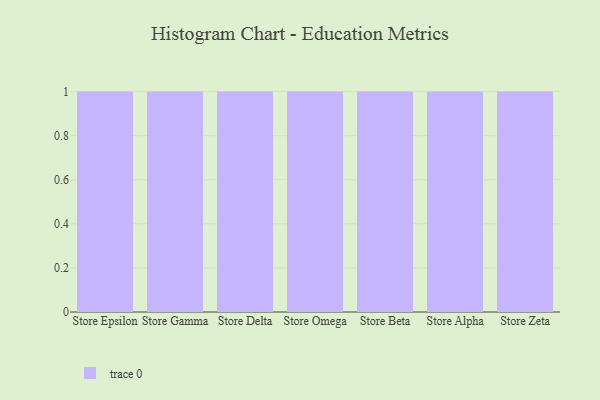
{"axis": {"x": "Store", "y": "Production Output"}, "legend": [""], "data": [{"x": "Store Epsilon", "y": 90, "type": ""}, {"x": "Store Gamma", "y": 46, "type": ""}, {"x": "Store Delta", "y": 23, "type": ""}, {"x": "Store Omega", "y": 54, "type": ""}, {"x": "Store Beta", "y": 29, "type": ""}, {"x": "Store Alpha", "y": 47, "type": ""}, {"x": "Store Zeta", "y": 74, "type": ""}]}